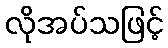
လိုအပ်သဖြင့်